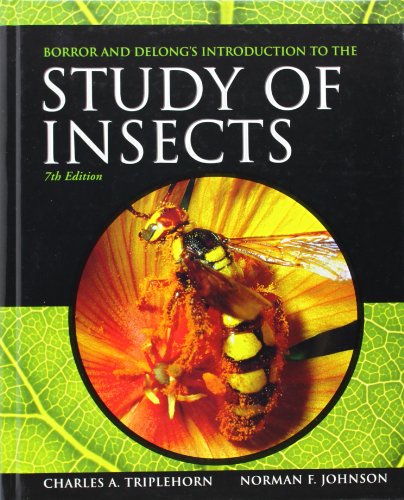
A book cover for Borror and DeLong's Introduction to the Study of Insects; Norman F. Johnson; Science & Math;